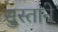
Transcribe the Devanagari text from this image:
सुस्ताने